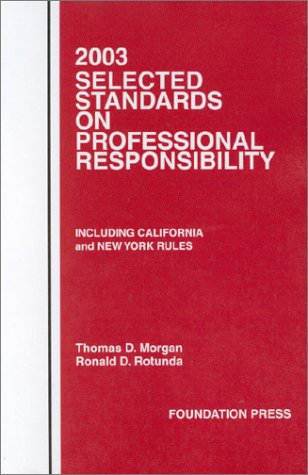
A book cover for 2003 Selected Standards on Professional Responsibility; Thomas D. Morgan; Law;